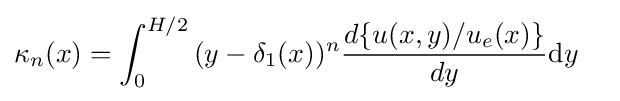
{\kappa _{n}(x)}=\int _{0}^{H/2}{(y-{\delta _{1}(x)})^{n}{d\{u(x,y)/u_{e}(x)\} \over dy}\mathrm {d} y}\quad